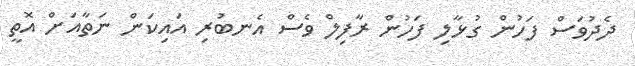
ދެދުވަސް ފަހުން ގުޅާލި ފަހުން ރާފިލް ވެސް އެނބުރި އައިކަން ނަތާއަށް އޮތީ